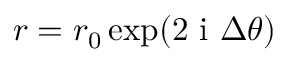
r = r _ { 0 } \exp ( 2 \ensuremath { \mathrm { ~ i ~ } } \Delta \theta )